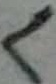
Text: L